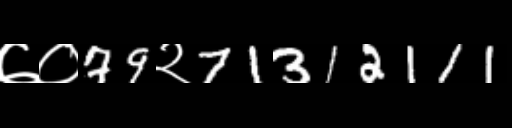
Text: ७०79२71312111